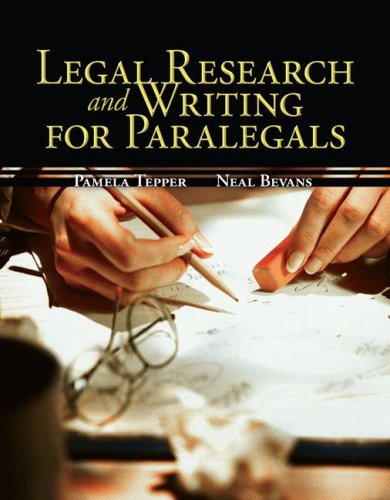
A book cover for Legal Research & Writing for Paralegals; Pamela Tepper; Law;